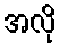
အလို